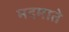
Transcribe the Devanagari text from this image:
मदमाते